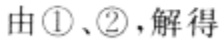
由\textcircled{1}、\textcircled{2}，解得